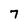
Character: 7